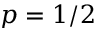
p = 1 / 2